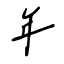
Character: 年